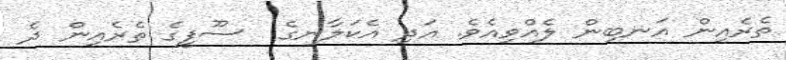
ތެރެއިން އަނބިން ލެއްވިއެވެ. އަދި އެކަލާނގެ  ސޫފީގެ ތެރެއިން ދެ